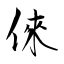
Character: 倈